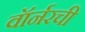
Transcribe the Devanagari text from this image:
वॉर्नरची